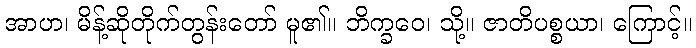
အာဟ၊ မိန့်ဆိုတိုက်တွန်းတော် မူ၏။ ဘိက္ခဝေ၊ သို့။ ဇာတိပစ္စယာ၊ ကြောင့်။